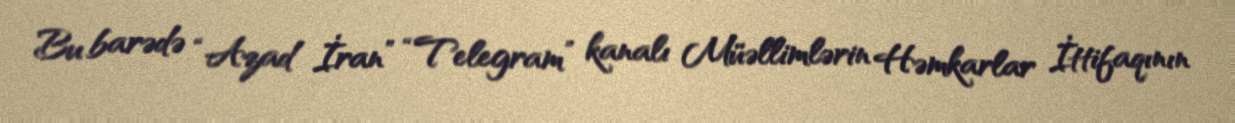
Bu barədə “Azad İran” “Telegram” kanalı Müəllimlərin Həmkarlar İttifaqının